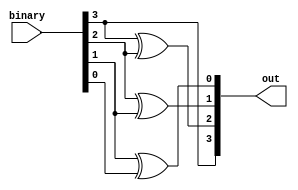
module p1(out,binary);
	output [3:0] out;
	input [3:0] binary;
	and gray4(out[3],binary[3],binary[3]);
	xor gray3(out[2],binary[3],binary[2]);
	xor gray2(out[1],binary[2],binary[1]);
	xor gray1(out[0],binary[1],binary[0]);
endmodule